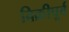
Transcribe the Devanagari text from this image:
बिक्रीपूर्व